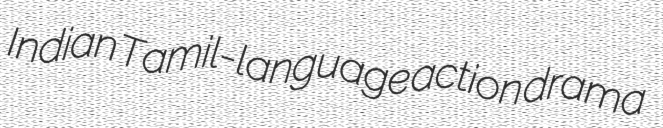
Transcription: Indian Tamil-language action drama